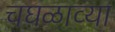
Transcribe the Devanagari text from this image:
चघळाव्या